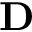
\mathbf { D }